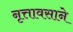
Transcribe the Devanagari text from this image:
नृत्तावसाने